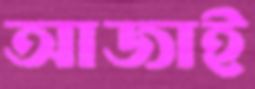
আজাই